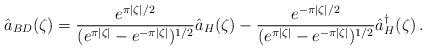
LaTeX: \begin{align*}\hat a_{BD}(\zeta)=\frac{e^{\pi \vert \zeta \vert/2}}{(e^{\pi \vert \zeta \vert }-e^{-\pi \vert \zeta \vert })^{1/2}}\hat a_{H}(\zeta)- \frac{e^{-\pi \vert \zeta \vert/2}}{(e^{\pi \vert \zeta \vert }-e^{-\pi \vert \zeta \vert })^{1/2}}\hat a_{H}^\dagger(\zeta) \, .\end{align*}